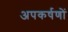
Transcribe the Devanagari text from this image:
अपकर्षणों